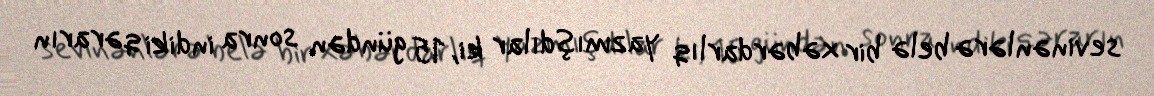
sevinənlərə belə bir xəbərdarlıq yazmışdılar ki, 15 gündən sonra indiki qərarın